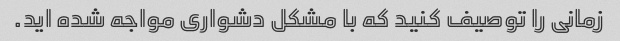
زمانی را توصیف کنید که با مشکل دشواری مواجه شده اید.